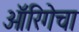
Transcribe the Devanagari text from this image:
ऑरिगेचा